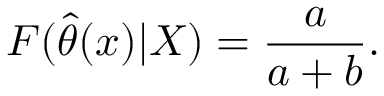
F ( { \widehat { \theta } } ( x ) | X ) = { \frac { a } { a + b } } .